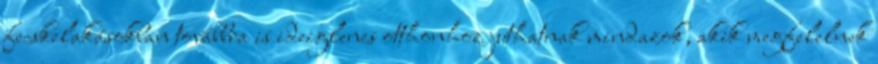
fecskelakásokban továbbra is ideiglenes otthonhoz juthatnak mindazok, akik megfelelnek